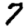
Digit: 7